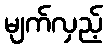
မျက်လှည့်